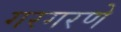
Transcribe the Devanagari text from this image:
गरगरणे